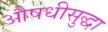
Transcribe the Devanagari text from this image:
औषधीसुद्धा